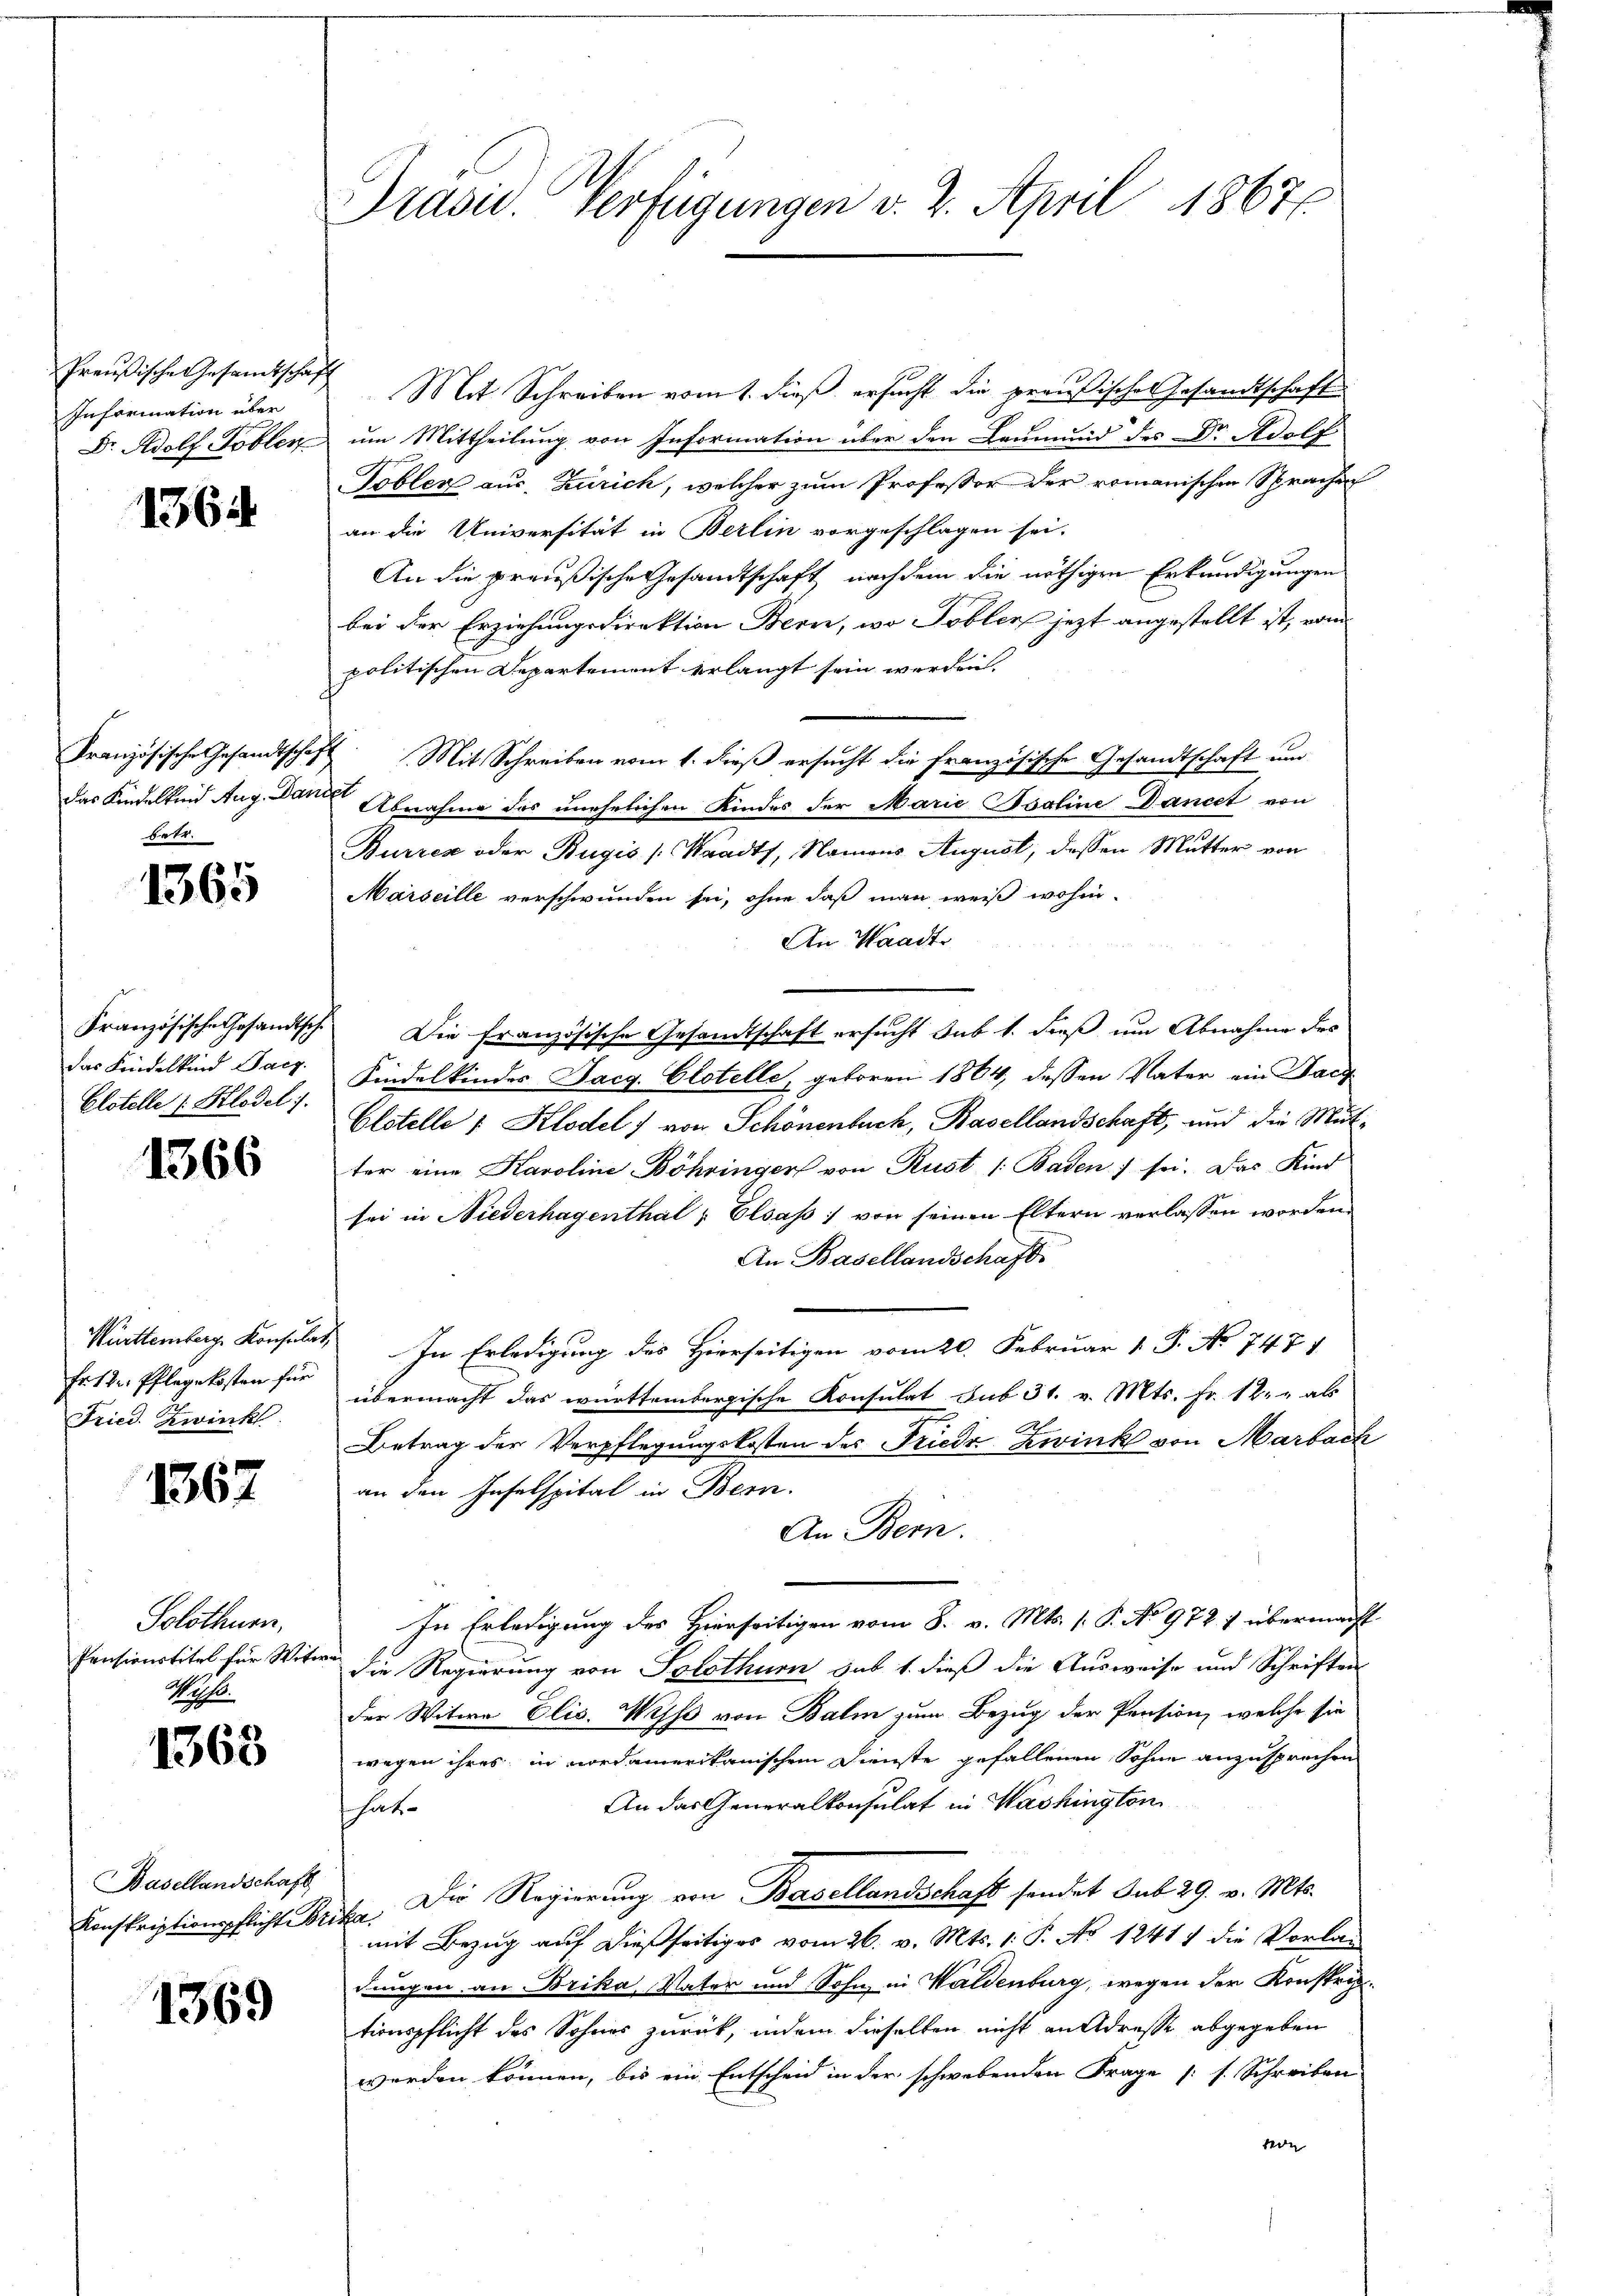
Preußische Gesandtschaf
Information über
Dr. Adolf Tobler

1364

Französische Gesandtschaf
das Kindeltend Aug. Dam
Betr.

1365

Französische Gesandtsche
das Kindelkind Sarg.
Elstelle (: Klodel .

1366

Württemberg Konsula
Fr. 12. Pflegekosten für
Fried. Zwink

1367

Solothurn,
Pensionstitel für Witw
Wese

1363

Basellandschaft
Konskriptionspflicht Bri

1369

Präsid. Verfügungen v. 2. April 1867

Mit Schreiben vom 1. dieß ersucht die preußisches Gesandtschaft
um Mittheilung von Information über den Leumund des Dr Adolf
Tobler aus, Zürich, welcher zum Professor der romanischen Sprachen
an die Universität in Berlin vorgeschlagen sei.
An die preußische Gesandtschaft nachdem die nöthigen Erkundigungen
bei der Erziehungsdirektion Bern, wo Toblers jezt angestellt ist, vom
politischen Departement erlangt sein werden.
Mit Schreiben vom 1. dieß ersucht die französische Gesandtschaft um
Abnahme des unehelichen Kindes der Marie Pooline Danckt von
Burren oder Bugis [Waadt, Namens August, dessen Mutter von
Marseille verschwunden sei, ohne daß man weiß wohin-
An Waadt
Die Französische Gesandtschaft ersucht sub 1. dieß um Abnahme des
Kindelkindes Jacg. Elstelle, geboren 1864, dessen Vater ein Sach
Elstelle 1 Klodel) von Schönenbuch, Basellandschaft, und die Mutter eine Karoline Böhringer von Rust [Baden f sei. Das Kind
sei in Niederhagenthal, Elsass) von seinen Eltern verlassen worden.
An Basellandschaft
In Erledigung des Hierseitigen vom 20. Februar 1 S. No 747. 4
übermacht das württembergische Konsulat sub 31. v. Mts. Fr. 12. " als
Betrag der Verpflegungskosten des Frieder Zwink von Marbach
an den Inselspital in Bern.
An Bern.
In Erledigung des Hierseitigen vom 8. v. Mts. [ P. No 972 1 übermacht
die Regierung von Solothurn sub 1. dieß die Ausweise und Schriften
der Witwe Elis. Wisse von Balm zum Bezug der Pension, welche sie
wegen ihres in nordamerikanischen Dienste gefallenen Sohne anzusprechen
An das Generalkonsulat in Washington
hät
te. Die Regierung von Basellandschaft sendet sub 29. v. Mts.
mit Bezug auf dießseitiges vom 26. v. Mts. 1. P. No 1241) die Vorladungen an Brika Vater und Sohn in Waldenburg, wegen der Konstric
tionspflicht des Sohnes zurück, indem dieselben nicht an Adresse abgegeben
werden können, bis ein Entscheid in der schwebenden Frage (s. Schreiben
ede